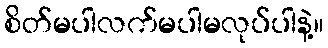
စိတ်မပါလက်မပါမလုပ်ပါနဲ့။